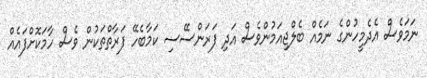
ނަމަވެސް އެދެމީހުންގެ ނަމެއް ބެލްޖިއަމުންވެސް އަދި ފަރަންސޭސި ކަމާބެހޭ ފަރާތްތަކުން ވެސް ހާމަކޮށްފައެއް